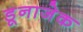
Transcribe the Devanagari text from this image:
डूनाजेक